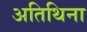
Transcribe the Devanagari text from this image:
अतिथिना